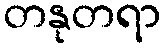
တနုတရာ